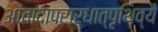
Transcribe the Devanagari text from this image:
आंतादापरार्धात्पृथिव्यै